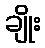
ချိုး